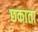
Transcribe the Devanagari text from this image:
छकाता